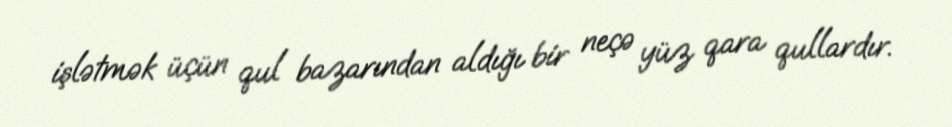
işlətmək üçün qul bazarından aldığı bir neçə yüz qara qullardır.